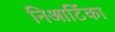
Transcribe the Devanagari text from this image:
निआर्टिका